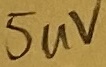
Text: 5uV